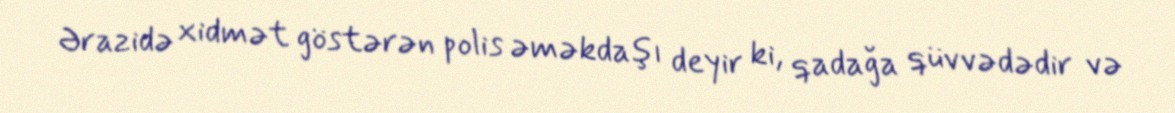
Ərazidə xidmət göstərən polis əməkdaşı deyir ki, qadağa qüvvədədir və